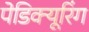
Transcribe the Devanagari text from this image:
पेडिक्यूरिंग